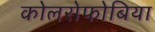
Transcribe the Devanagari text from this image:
कोलरोफोबिया